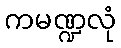
ကမဏ္ဍလုံ